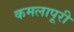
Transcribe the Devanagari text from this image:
कमलापूरी